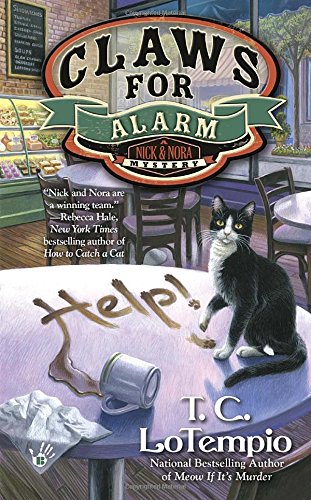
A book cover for Claws for Alarm (Nick and Nora Mysteries); T.C. LoTempio; Mystery, Thriller & Suspense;